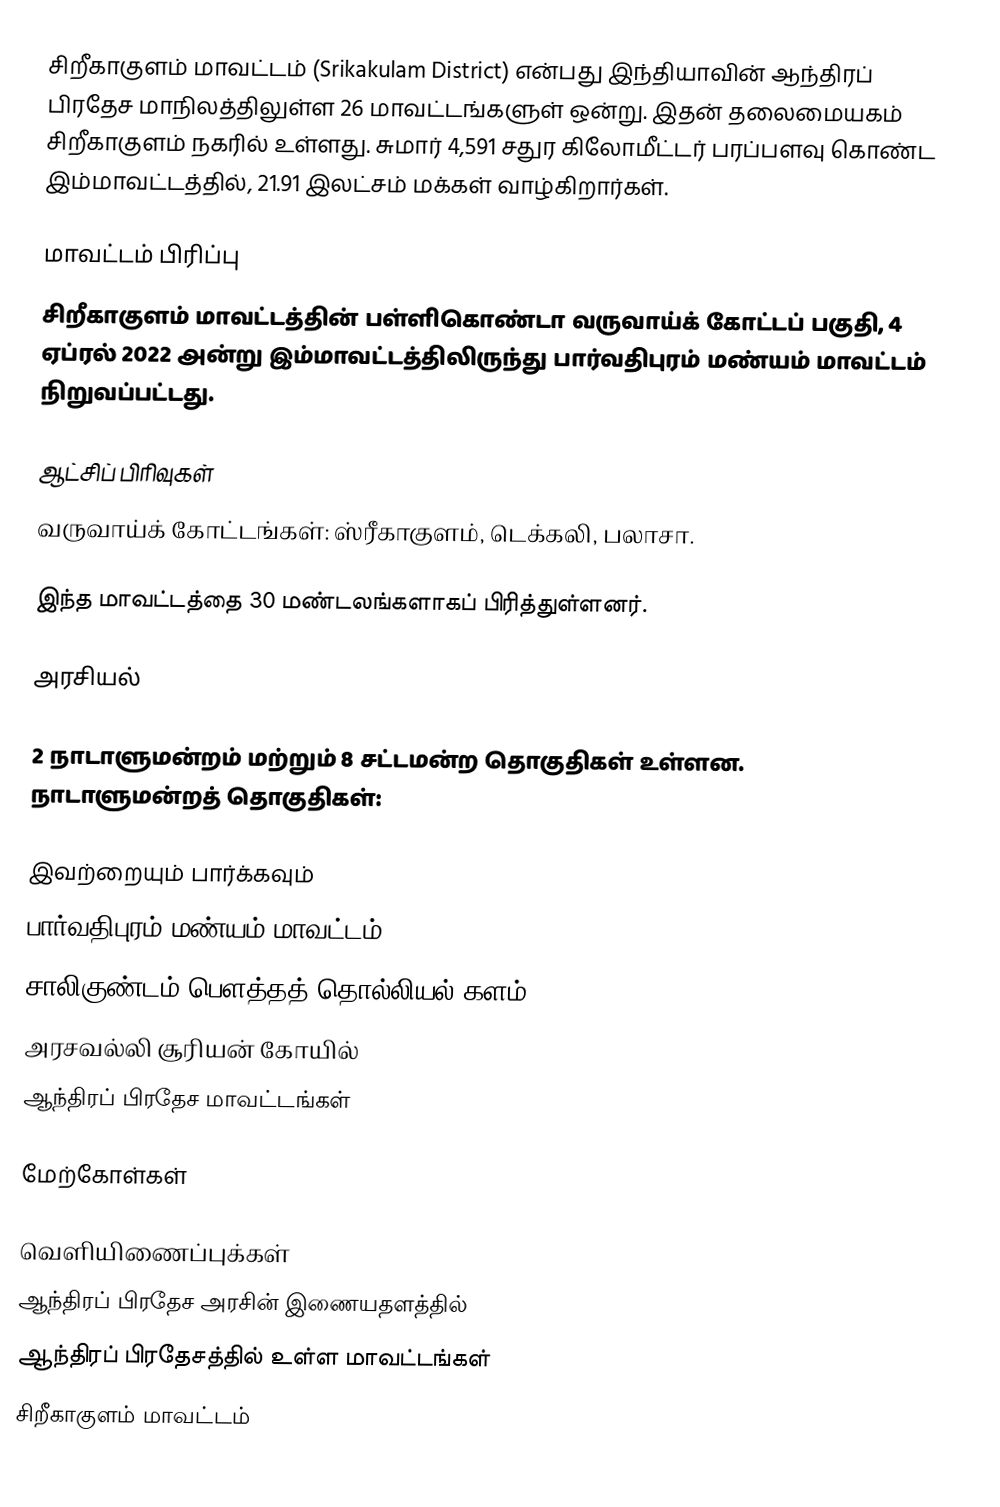
சிறீகாகுளம் மாவட்டம் (Srikakulam District) என்பது இந்தியாவின் ஆந்திரப் பிரதேச மாநிலத்திலுள்ள 26 மாவட்டங்களுள் ஒன்று. இதன் தலைமையகம் சிறீகாகுளம் நகரில் உள்ளது. சுமார் 4,591 சதுர கிலோமீட்டர் பரப்பளவு கொண்ட இம்மாவட்டத்தில், 21.91 இலட்சம் மக்கள் வாழ்கிறார்கள்.

மாவட்டம் பிரிப்பு
சிறீகாகுளம் மாவட்டத்தின் பள்ளிகொண்டா வருவாய்க் கோட்டப் பகுதி, 4 ஏப்ரல் 2022 அன்று இம்மாவட்டத்திலிருந்து பார்வதிபுரம் மண்யம் மாவட்டம் நிறுவப்பட்டது.

ஆட்சிப் பிரிவுகள்
 வருவாய்க் கோட்டங்கள்: ஸ்ரீகாகுளம், டெக்கலி, பலாசா.

இந்த மாவட்டத்தை 30 மண்டலங்களாகப் பிரித்துள்ளனர்.

அரசியல்

2 நாடாளுமன்றம் மற்றும் 8 சட்டமன்ற தொகுதிகள் உள்ளன. நாடாளுமன்றத் தொகுதிகள்:

இவற்றையும் பார்க்கவும்
 பார்வதிபுரம் மண்யம் மாவட்டம்
 சாலிகுண்டம் பௌத்தத் தொல்லியல் களம்
 அரசவல்லி சூரியன் கோயில்
 ஆந்திரப் பிரதேச மாவட்டங்கள்

மேற்கோள்கள்

வெளியிணைப்புக்கள்
 ஆந்திரப் பிரதேச அரசின் இணையதளத்தில்
ஆந்திரப் பிரதேசத்தில் உள்ள மாவட்டங்கள்
சிறீகாகுளம் மாவட்டம்